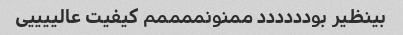
بینظیر بودددددد ممنونممممم کیفیت عالییییی